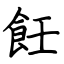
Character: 飪